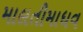
માલતીમાધવ